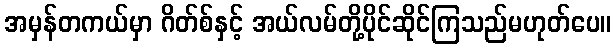
အမှန်တကယ်မှာ ဂိတ်စ်နှင့် အယ်လမ်တို့ပိုင်ဆိုင်ကြသည်မဟုတ်ပေ။